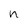
Character: n